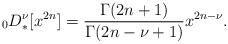
LaTeX: \begin{align*}_0D^\nu_* [x^{2n}]=\dfrac{\Gamma(2n+1)}{\Gamma(2n-\nu+1)}x^{2n-\nu}.\end{align*}